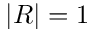
| R | = 1